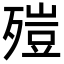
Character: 㱯